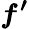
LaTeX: \boldsymbol{{f^{\prime}}}